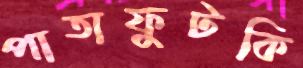
পাতাফুটকি